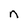
Character: n